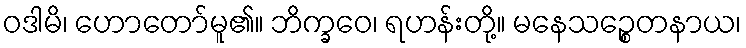
ဝဒါမိ၊ ဟောတော်မူ၏။ ဘိက္ခဝေ၊ ရဟန်းတို့။ မနေသဉ္စေတနာယ၊